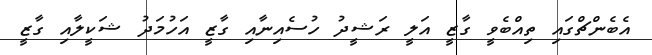
އެބެންޗްގައި ތިއްބެވީ ގާޒީ އަލީ ރަޝީދު ހުސެއިނާއި ގާޒީ އަހުމަދު ޝަކީލާއި ގާޒީ